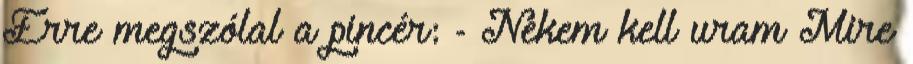
Erre megszólal a pincér: - Nekem kell uram Mire